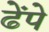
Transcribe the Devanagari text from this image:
ढेंपे